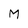
Character: M